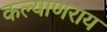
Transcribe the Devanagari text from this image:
कल्याणराय